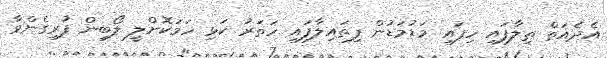
އެދެއަތް ތިލާފައި ހިފައި މަޑުމަޑުން ފިތައިލާފައި ހަތަރު ކަޅި ހަމަކޮށްލީ ލޯބިން ފުރިގެންވާ